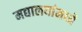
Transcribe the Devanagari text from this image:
मद्यालयांमध्ये